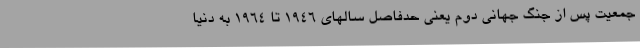
جمعیت پس از جنگ جهانی دوم یعنی حدفاصل سالهای 1946 تا 1964 به دنیا